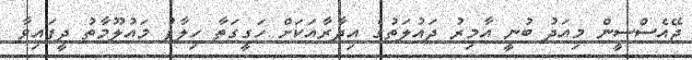
ޖޭއެސްސީން މިއަދު ބުނީ އާމިރު ދައުލަތުގެ އިދާރާއަކަށް ހަގީގަތާ ހިލާފު މައުލޫމާތު ދީފައިވާ